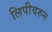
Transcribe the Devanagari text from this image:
लिपीवरुन